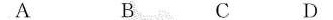
A B C D